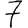
Digit: 7